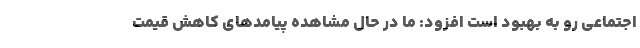
اجتماعی رو به بهبود است افزود: ما در حال مشاهده پیامدهای کاهش قیمت